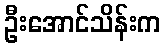
ဦးအောင်သိန်းက